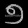
Digit: ၅